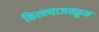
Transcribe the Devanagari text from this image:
किल्ल्याजवळून